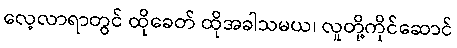
လေ့လာရာတွင် ထိုခေတ် ထိုအခါသမယ၊ လူတို့ကိုင်ဆောင်